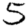
Digit: 5